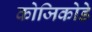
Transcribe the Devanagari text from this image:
कोजिकोडे